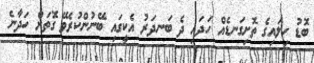
ބޮޑު ހިލައިގެ ތޮށިގަނޑެއް ހަދައި ދެ ބަނދަރު އެކީގައި ބޭނުންކުރެވޭ ގޮތަށް ހަދާނެ